Report of the Municipal Commissioner on the plague in Bombay for the year ending 31st May... - Volume 1
Disease focus: Plague
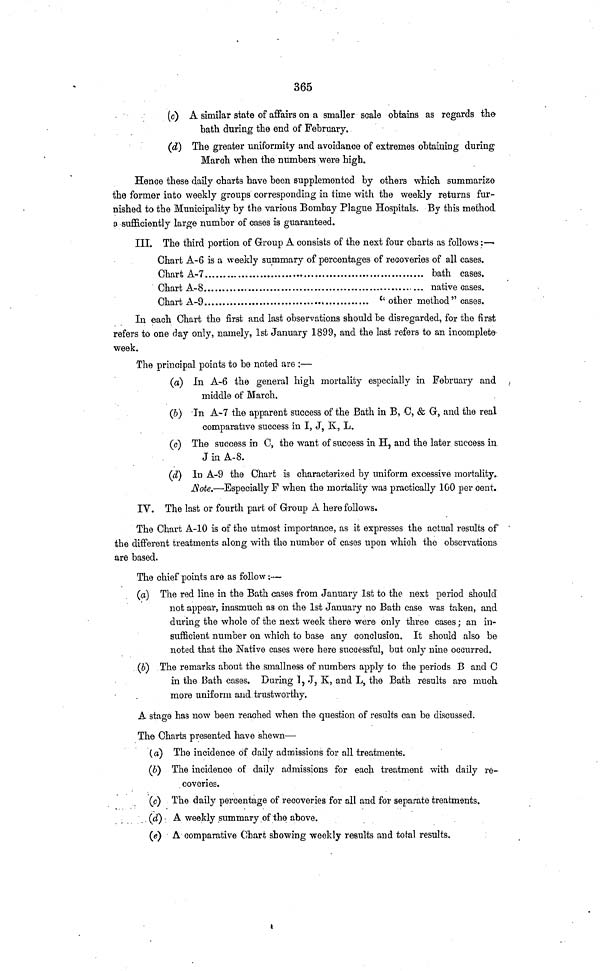
365
(c) A similar state of affairs on a smaller scale obtains as regards the
bath during the end of February.
(d) The greater uniformity and avoidance of extremes obtaining during
March when the numbers were high.
Hence these daily charts have been supplemented by others which summarize
the former into weekly groups corresponding in time with the weekly returns fur-
nished to the Municipality by the various Bombay Plague Hospitals. By this method
o sufficiently large number of cases is guaranteed.
III. The third portion of Group A consists of the next four charts as follows:—
Chart A-6 is a weekly summary of percentages of recoveries of all cases.
Chart A-7
bath cases.
Chart A-8
,
native cases.
Chart A-9
'' other method" cases.
In each Chart the first and last observations should be disregarded, for the first
refers to one day only, namely, 1st January 1899, and the last refers to an incomplete
week.
The principal points to be noted are :—
(a) In A-6 the general high mortality especially in February and
middle of March.
(6) In A-7 the apparent success of the Bath in B, C, & G, and the real
comparative success in I, J, K, L.
(c) The success in C, the want of success in H, and the later success in
J in A-8.
(d) In A-9 the Chart is characterized by uniform excessive mortality.
jflote.—Especially F when the mortality was practically 100 per cent.
IV. The last or fourth part of Group A here follows.
The Chart A-10 is of the utmost importance, as it expresses the actual results of
the different treatments along with the number of cases upon which the observations
are based.
The chief points are as follow;—
(a] The red line in the Bath cases from January 1st to the next period should
not appear, inasmuch as on the 1st January no Bath case was taken, and
during the whole of the next week there were only three cases; an in-
sufficient number on which to base any conclusion. It should also be
noted that the Native cases were here successful, but only nine occurred.
(5) The remarks about the smallness of numbers apply to the periods B and C
in the Bath cases. During I, J, K, and L, the Bath results are much
more uniform and trustworthy.
A stage has now been reached when the question of results can be discussed.
The Charts presented have shewn—
(a) The incidence of daily admissions for all treatments.
(6) The incidence of daily admissions for each treatment with daily re-
coveries.
(c) The daily percentage of recoveries for all and for separate treatments.
(d) A weekly summary of the above.
(<?) A comparative Chart showing weekly results and total results.